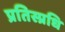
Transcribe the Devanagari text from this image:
प्रतिस्प्रधि